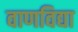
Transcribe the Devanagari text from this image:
वाणविद्या